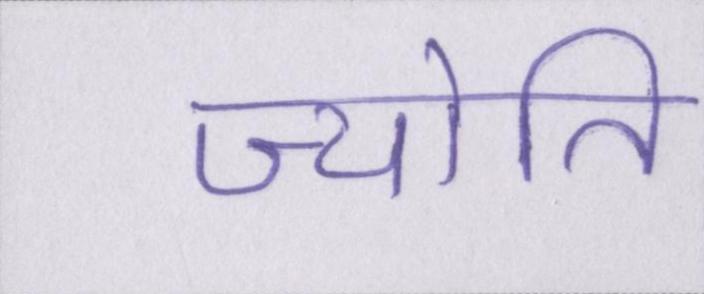
ज्योति